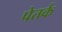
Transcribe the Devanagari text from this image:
पेतर्क